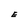
Character: E